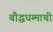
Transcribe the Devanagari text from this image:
बौद्धधम्माची